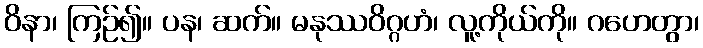
ဝိနာ၊ ကြဉ်၍။ ပန၊ ဆက်။ မနုဿဝိဂ္ဂဟံ၊ လူ့ကိုယ်ကို။ ဂဟေတွာ၊